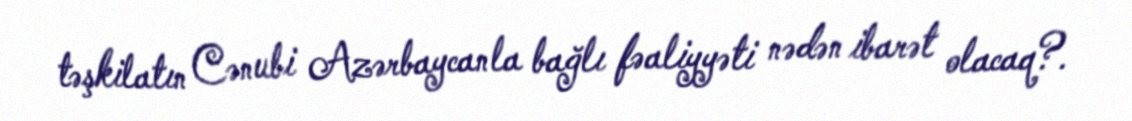
təşkilatın Cənubi Azərbaycanla bağlı fəaliyyəti nədən ibarət olacaq?.